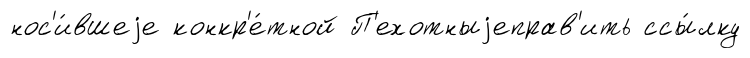
нос'и́вшеjе конкр'е́тной П'ехотныjеправ'ить ссы́лку